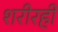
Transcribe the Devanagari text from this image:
शरीरही